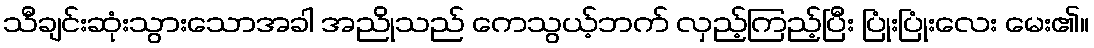
သီချင်းဆုံးသွားသောအခါ အညိုသည် ကေသွယ့်ဘက် လှည့်ကြည့်ပြီး ပြုံးပြုံးလေး မေး၏။